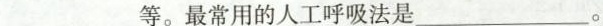
___等。最常用的人工呼吸法是___。